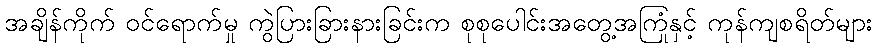
အချိန်ကိုက် ဝင်ရောက်မှု ကွဲပြားခြားနားခြင်းက စုစုပေါင်းအတွေ့အကြုံနှင့် ကုန်ကျစရိတ်များ